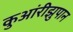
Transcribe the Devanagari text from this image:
कुआंरीझुपान